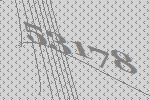
53178